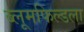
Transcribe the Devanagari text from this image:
ब्लूमफिल्डला